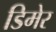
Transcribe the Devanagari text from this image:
डिमेर